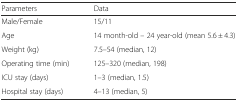
<table><thead><tr><td><b>Parameters</b></td><td><b>Data</b></td></tr></thead><tbody><tr><td>Male/Female</td><td>15/11</td></tr><tr><td>Age</td><td>14 month-old – 24 year-old (mean 5.6 ± 4.3)</td></tr><tr><td>Weight (kg)</td><td>7.5–54 (median, 12)</td></tr><tr><td>Operating time (min)</td><td>125–320 (median, 198)</td></tr><tr><td>ICU stay (days)</td><td>1–3 (median, 1.5)</td></tr><tr><td>Hospital stay (days)</td><td>4–13 (median, 5)</td></tr></tbody></table>